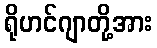
ရိုဟင်ဂျာတို့အား